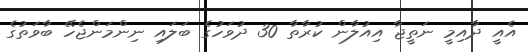
އެއީ ދާއިމީ ނަތީޖާ އިއުލާން ކުރާތާ 30 ދުވަހުގެ ބަލައި ނިންމަންޖެހޭ ބާވަތުގެ